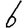
Digit: 6